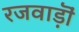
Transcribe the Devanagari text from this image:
रजवाड़ॊं